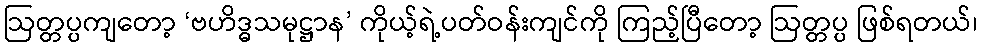
ဩတ္တပ္ပကျတော့ ‘ဗဟိဒ္ဓသမုဋ္ဌာန’ ကိုယ့်ရဲ့ပတ်ဝန်းကျင်ကို ကြည့်ပြီတော့ ဩတ္တပ္ပ ဖြစ်ရတယ်၊